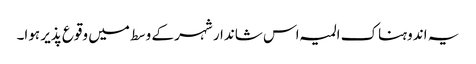
یہ اندوہناک المیہ اس شاندار شہر کے وسط میں وقوع پذیر ہوا۔